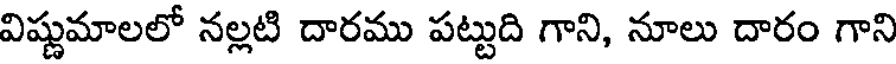
విష్ణుమాలలో నల్లటి దారము పట్టుది గాని, నూలు దారం గాని